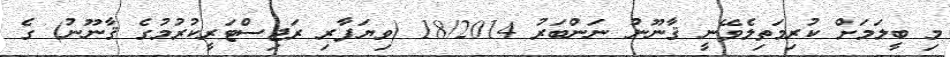
މި ބީލަމަށް ކުރިމަތިލެވޭނީ ޤާނޫނު ނަންބަރު 18/2014 (ވިޔަފާރި ރަޖިސްޓަރީކުރުމުގެ ޤާނޫނު) ގެ